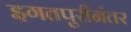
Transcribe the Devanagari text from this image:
इगतपुरीनंतर